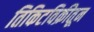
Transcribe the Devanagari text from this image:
तिकिटविक्रीतून